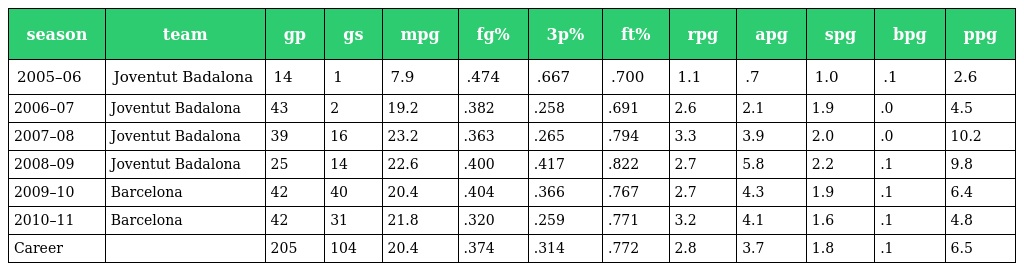
| season | team | gp | gs | mpg | fg% | 3p% | ft% | rpg | apg | spg | bpg | ppg |
 | --- | --- | --- | --- | --- | --- | --- | --- | --- | --- | --- | --- | --- |
 | 2005–06 | Joventut Badalona | 14 | 1 | 7.9 | .474 | .667 | .700 | 1.1 | .7 | 1.0 | .1 | 2.6 |
 | 2006–07 | Joventut Badalona | 43 | 2 | 19.2 | .382 | .258 | .691 | 2.6 | 2.1 | 1.9 | .0 | 4.5 |
 | 2007–08 | Joventut Badalona | 39 | 16 | 23.2 | .363 | .265 | .794 | 3.3 | 3.9 | 2.0 | .0 | 10.2 |
 | 2008–09 | Joventut Badalona | 25 | 14 | 22.6 | .400 | .417 | .822 | 2.7 | 5.8 | 2.2 | .1 | 9.8 |
 | 2009–10 | Barcelona | 42 | 40 | 20.4 | .404 | .366 | .767 | 2.7 | 4.3 | 1.9 | .1 | 6.4 |
 | 2010–11 | Barcelona | 42 | 31 | 21.8 | .320 | .259 | .771 | 3.2 | 4.1 | 1.6 | .1 | 4.8 |
 | Career |  | 205 | 104 | 20.4 | .374 | .314 | .772 | 2.8 | 3.7 | 1.8 | .1 | 6.5 |